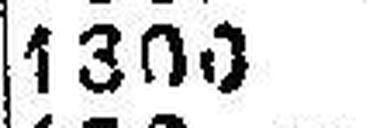
1300